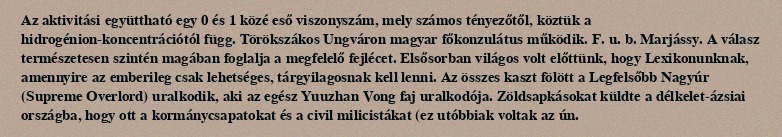
Az aktivitási együttható egy 0 és 1 közé eső viszonyszám, mely számos tényezőtől, köztük a hidrogénion-koncentrációtól függ. Törökszákos Ungváron magyar főkonzulátus működik. F. u. b. Marjássy. A válasz természetesen szintén magában foglalja a megfelelő fejlécet. Elsősorban világos volt előttünk, hogy Lexikonunknak, amennyire az emberileg csak lehetséges, tárgyilagosnak kell lenni. Az összes kaszt fölött a Legfelsőbb Nagyúr (Supreme Overlord) uralkodik, aki az egész Yuuzhan Vong faj uralkodója. Zöldsapkásokat küldte a délkelet-ázsiai országba, hogy ott a kormánycsapatokat és a civil milicistákat (ez utóbbiak voltak az ún.